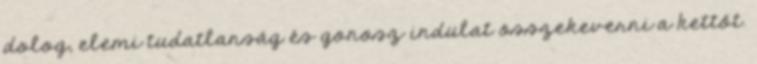
dolog, elemi tudatlanság és gonosz indulat összekeverni a kettőt.